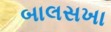
બાલસખા